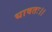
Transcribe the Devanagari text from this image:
धावतः।।